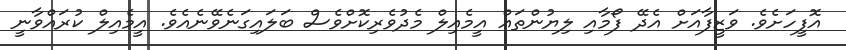
އޮފީހަށެވެ. ވަޒީފާއަށް އެދޭ ފޯމާއި ލިޔުންތައް އީމެއިލް މެދުވެރިކޮށްވެސް ބަލައިގަނެވޭނެއެވެ. އީމެއިލް ކުރައްވާނީ